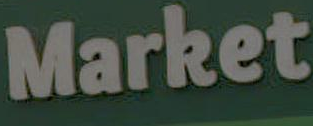
Market